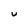
Character: U